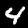
Digit: 4